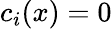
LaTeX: c_{i}(x)=0